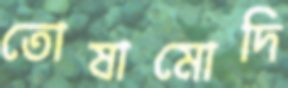
তোষামোদি